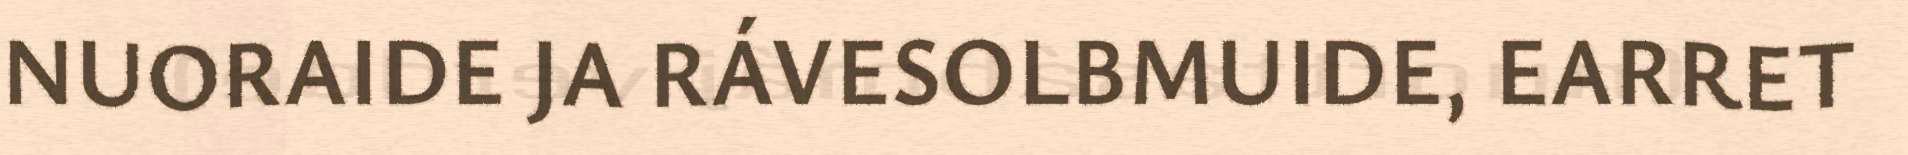
NUORAIDE JA RÁVESOLBMUIDE, EARRET